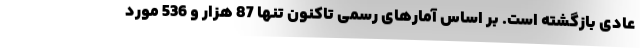
عادی بازگشته است. بر اساس آمارهای رسمی تاکنون تنها 87 هزار و 536 مورد